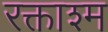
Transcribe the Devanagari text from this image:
रक्ताश्म